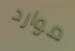
موارد